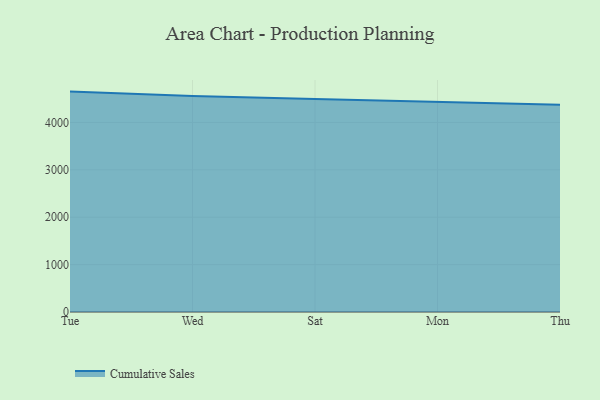
{"axis": {"x": "Day", "y": "Demand Index"}, "legend": ["Cumulative Sales"], "data": [{"x": "Tue", "y": 4650.3, "type": "Cumulative Sales"}, {"x": "Wed", "y": 4559.6, "type": "Cumulative Sales"}, {"x": "Sat", "y": 4492.9, "type": "Cumulative Sales"}, {"x": "Mon", "y": 4435.9, "type": "Cumulative Sales"}, {"x": "Thu", "y": 4372.6, "type": "Cumulative Sales"}]}